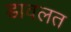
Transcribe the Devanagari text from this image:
डावलत